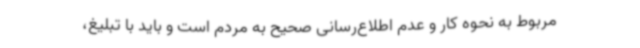
مربوط به نحوه کار و عدم اطلاع‌رسانی صحیح به مردم است و باید با تبلیغ،